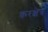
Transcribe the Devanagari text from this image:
करक्षेत्र